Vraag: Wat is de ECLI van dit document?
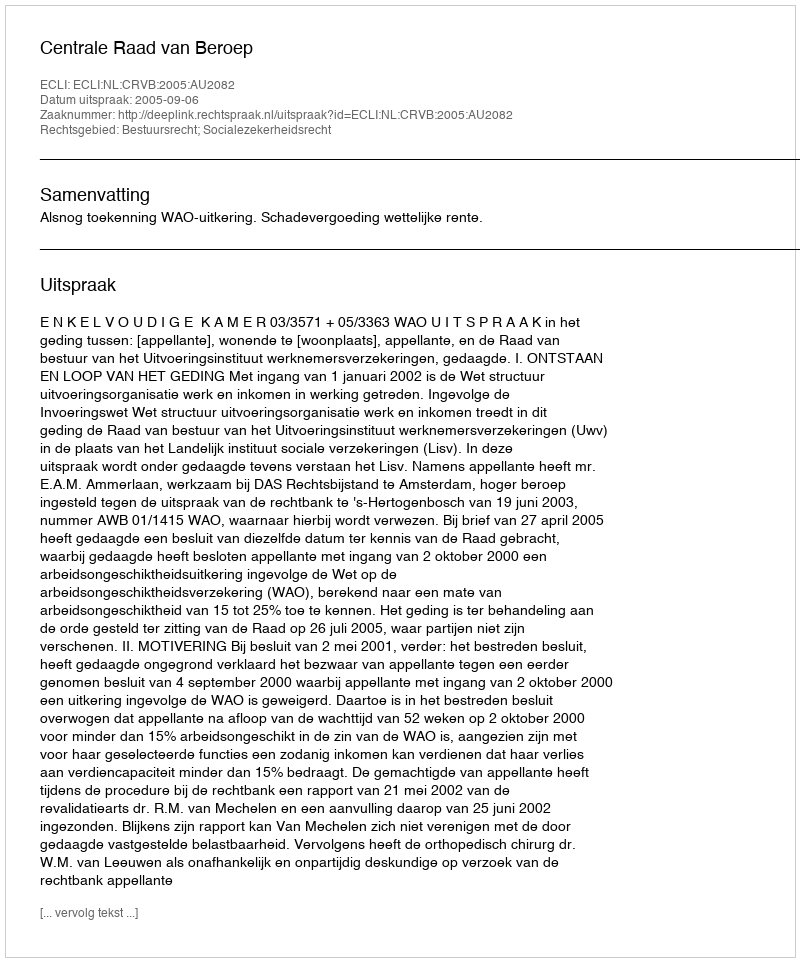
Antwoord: ECLI:NL:CRVB:2005:AU2082